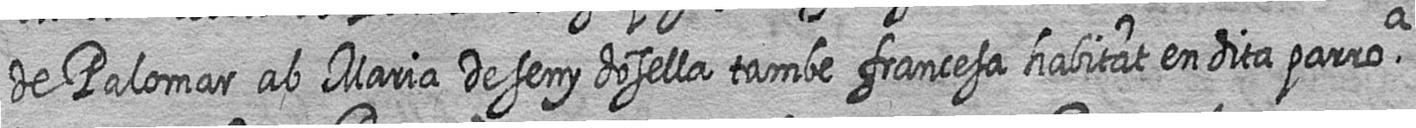
de Palomar ab Maria Deseny dosella tambe francesa habitat en dita parroa